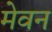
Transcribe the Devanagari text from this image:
मेवन